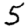
Digit: 5